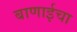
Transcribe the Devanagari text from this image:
बाणाईचा